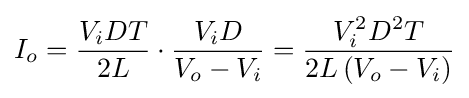
I_{o}={\frac {V_{i}DT}{2L}}\cdot {\frac {V_{i}D}{V_{o}-V_{i}}}={\frac {V_{i}^{2}D^{2}T}{2L\left(V_{o}-V_{i}\right)}}